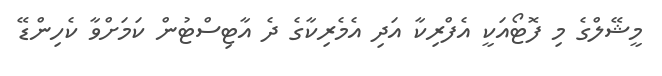
މީޝޭލްގެ މި ފޮޓޯއަކީ އެފްރިކާ އަދި އެމެރިކާގެ ދެ އާޓިސްޓުން ކަމަށްވާ ކެހިންޑޭ